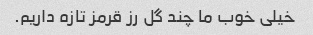
خیلی خوب ما چند گل رز قرمز تازه داریم.